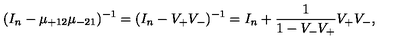
( I _ { n } - \mu _ { + 1 2 } \mu _ { - 2 1 } ) ^ { - 1 } = ( I _ { n } - V _ { + } V _ { - } ) ^ { - 1 } = I _ { n } + \frac { 1 } { 1 - V _ { - } V _ { + } } V _ { + } V _ { - } ,